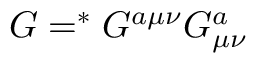
{ \cal G } = ^ { \ast } G ^ { a \mu \nu } G _ { \mu \nu } ^ { a }